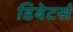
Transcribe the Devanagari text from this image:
डिबेटर्स